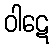
ဝါဋေ